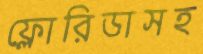
ফ্লোরিডাসহ